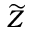
\widetilde { Z }